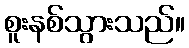
စူးနစ်သွားသည်။